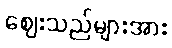
ဈေးသည်များအား